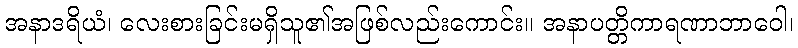
အနာဒရိယံ၊ လေးစားခြင်းမရှိသူ၏အဖြစ်လည်းကောင်း။ အနာပတ္တိကာရဏာဘာဝေါ၊